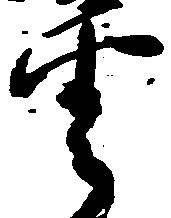
雲